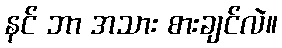
နင် ဘာ အသား စားချင်လဲ။